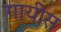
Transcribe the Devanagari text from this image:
गायीस